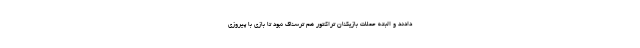
دادند و البته حملات بازیکنان تراکتور هم ترسناک نبود تا بازی با پیروزی